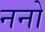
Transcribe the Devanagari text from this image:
ननो